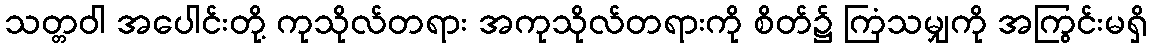
သတ္တဝါ အပေါင်းတို့ ကုသိုလ်တရား အကုသိုလ်တရားကို စိတ်၌ ကြံသမျှကို အကြွင်းမရှိ